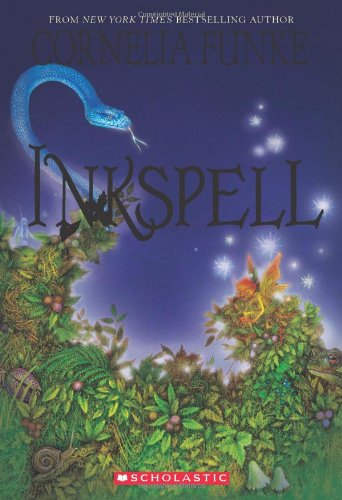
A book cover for Inkspell (Inkheart Trilogy); Cornelia Funke; Children's Books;